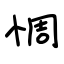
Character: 恫